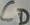
Text: CD